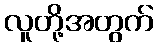
လူတို့အတွက်